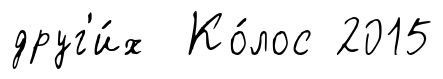
друг'и́х Ко́лос 2015